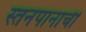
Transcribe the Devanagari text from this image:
स्तनपानाची